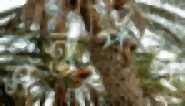
সন্তর্পণ